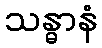
သန္ဓာနံ